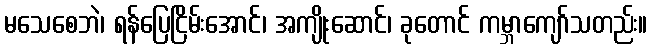
မသေစေဘဲ၊ ရန်ပြေငြိမ်းအောင်၊ အကျိုးဆောင်၊ ခုတောင် ကမ္ဘာကျော်သတည်း။